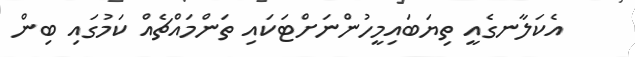
އެކަލާނގެއީ ތިޔަބައިމީހުންނަށްޓަކައި ތަންމައްޗެއް ކަމުގައި ބިން